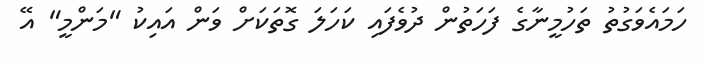
ހަމައެވަގުތު ތަހުމީނާގެ ފަހަތުން ދުވެފައި ކަހަލަ ގޮތަކަށް ވަން އައިކު "މަންމީ" އޭ